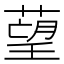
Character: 𦹑